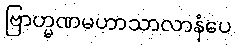
ဗြာဟ္မဏမဟာသာလာနံပေ